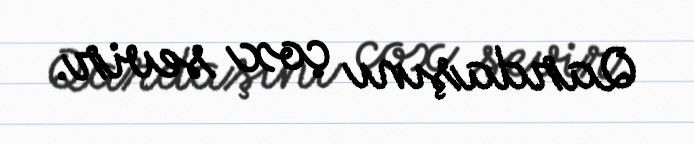
Qardaşını çox sevir.